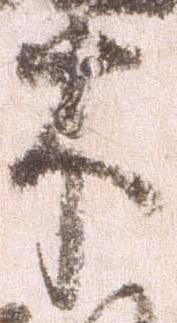
木